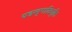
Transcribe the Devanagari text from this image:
यङलुगादिवृत्ति